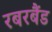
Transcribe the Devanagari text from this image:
रबरबैंड